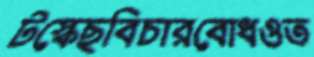
টস্‌কেছবিচারবোধওত